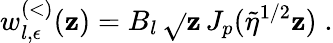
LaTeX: w_{l,\epsilon}^{(<)}(\mathbf{z})=B_{l}\, \sqrt{}{{\mathbf{z}}}\, J_{p}(\widetilde{{\eta}}^{1/2}\mathbf{z})\; .